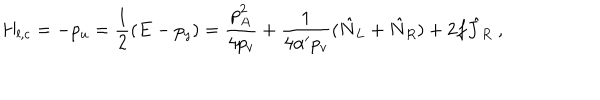
H _ { l , c } = - p _ { u } = \frac { 1 } { 2 } ( E - p _ { y } ) = \frac { p _ { A } ^ { 2 } } { 4 p _ { v } } + \frac { 1 } { 4 \alpha ^ { \prime } p _ { v } } ( \hat { N } _ { L } + \hat { N } _ { R } ) + 2 f \hat { J } _ { R } ~ ,